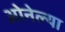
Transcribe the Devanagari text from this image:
ओनेल्या